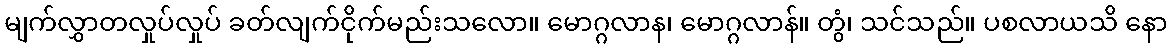
မျက်လွှာတလှုပ်လှုပ် ခတ်လျက်ငိုက်မည်းသလော။ မောဂ္ဂလာန၊ မောဂ္ဂလာန်။ တွံ၊ သင်သည်။ ပစလာယသိ နော